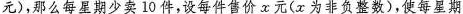
元)，那么每星期少卖10件，设每件售价x元(x为非负整数)，使每星期